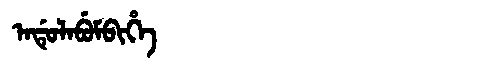
Manchu: ᠠᡩᡠᠯᠠᠪᡠᠮᠪᡳᡥᡝ
Romanization: ADULABUMBIHE